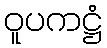
ဝူပကဋ္ဌံ